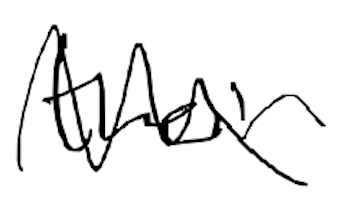
Text: their
Cross-out: wave
Writing tool: digital_black